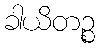
ခါယိတဉ္စ